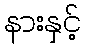
နားနှင့်